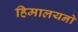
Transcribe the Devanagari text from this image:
हिमालयनो